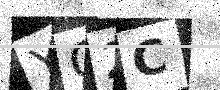
Text: YO2C